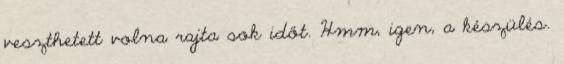
veszthetett volna rajta sok időt. Hmm, igen, a készülés.